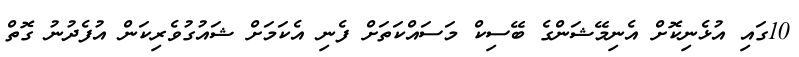
10ގައި އުޅެނިކޮށް އެނިމޭޝަންގެ ބޭސިކް މަސައްކަތަށް ފެނި އެކަމަށް ޝައުގުވެރިކަން އުފެދުނު ގޮތް